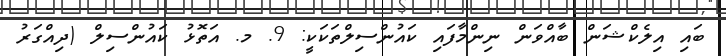
ބައި އިލެކްޝަން ބާއްވަން ނިންމާފައި ކައުންސިލްތަކަކީ: 9. މ. އަތޮޅު ކައުންސިލް (ދިއްގަރު